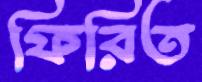
ফিরিত